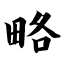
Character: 略